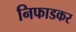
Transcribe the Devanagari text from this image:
निफाडकर